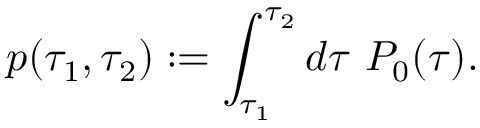
p ( \tau _ { 1 } , \tau _ { 2 } ) : = \int _ { \tau _ { 1 } } ^ { \tau _ { 2 } } d \tau ~ P _ { 0 } ( \tau ) .